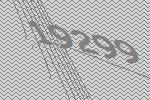
19299